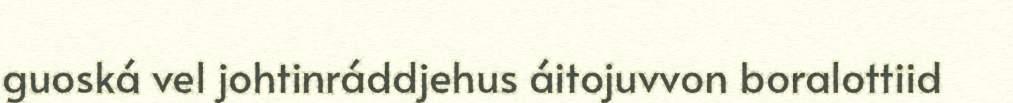
guoská vel johtinráddjehus áitojuvvon boralottiid